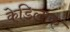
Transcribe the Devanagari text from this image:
केडिलाक